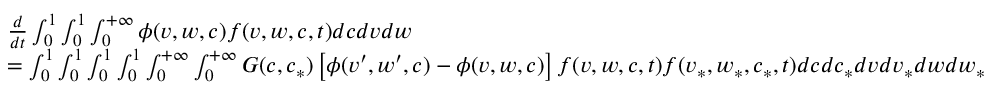
\begin{array} { r l } & { \frac { d } { d t } \int _ { 0 } ^ { 1 } \int _ { 0 } ^ { 1 } \int _ { 0 } ^ { + \infty } \phi ( v , w , c ) f ( v , w , c , t ) d c d v d w } \\ & { = \int _ { 0 } ^ { 1 } \int _ { 0 } ^ { 1 } \int _ { 0 } ^ { 1 } \int _ { 0 } ^ { 1 } \int _ { 0 } ^ { + \infty } \int _ { 0 } ^ { + \infty } G ( c , c _ { * } ) \left[ \phi ( v ^ { \prime } , w ^ { \prime } , c ) - \phi ( v , w , c ) \right] f ( v , w , c , t ) f ( v _ { * } , w _ { * } , c _ { * } , t ) d c d c _ { * } d v d v _ { * } d w d w _ { * } \, } \end{array}